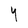
Character: Y